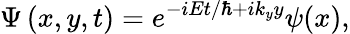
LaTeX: \Psi\left(x,y,t\right)=e^{-iEt/\hbar+ik_{y}y}\psi(x),